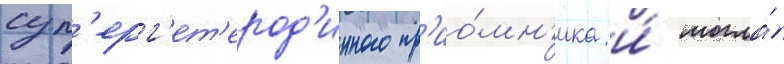
суп'ерг'ет'ерод'инного пр'ио́мн'ика и́ могла́